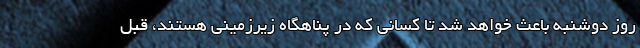
روز دوشنبه باعث خواهد شد تا کسانی که در پناهگاه زیرزمینی هستند، قبل